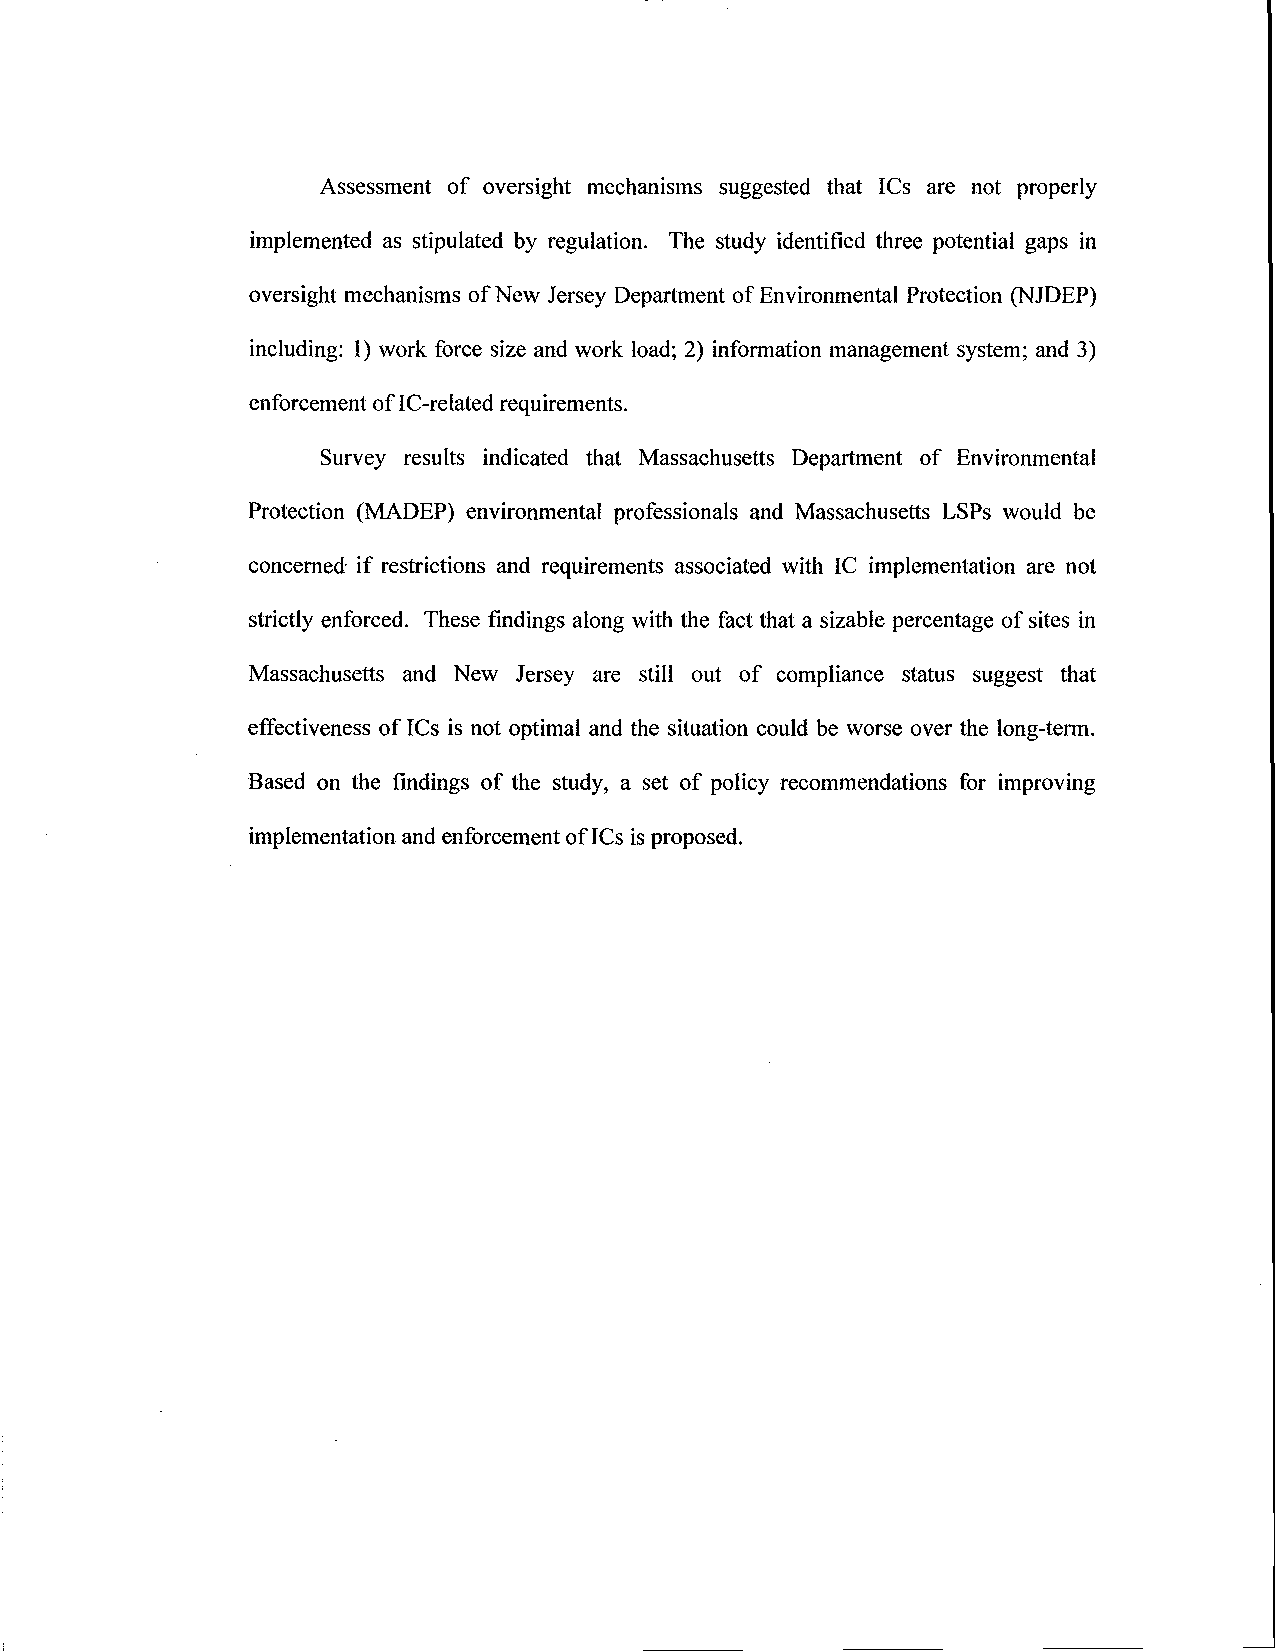
Assessment of oversight mechanisms suggested that ICs are not properly
 implemented as stipulated by regulation. The study identified three potential gaps in
 oversight mechanisms of New Jersey Department of Environmental Protection (NJDEP)
 including: 1) work force size and work load; 2) information management system; and 3)
 enforcement of IC-related requirements.
 Survey results indicated that Massachusetts Department of Environmental
 Protection (MADEP) environmental professionals and Massachusetts LSPs would be
 concerned if restrictions and requirements associated with IC implementation are not
 strictly enforced. These findings along with the fact that a sizable percentage of sites in
 Massachusetts and New Jersey are still out of compliance status suggest that
 effectiveness of ICs is not optimal and the situation could be worse over the long-term.
 Based on the findings of the study, a set of policy recommendations for improving
 implementation and enforcement of ICs is proposed.